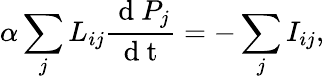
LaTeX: \alpha\sum_{j}L_{ij}\frac{\mathrm{~d~}P_{j}}{\mathrm{~d~t~}}=-\sum_{j}{I}_{ij},